Report on enteric fever
Disease focus: Fever
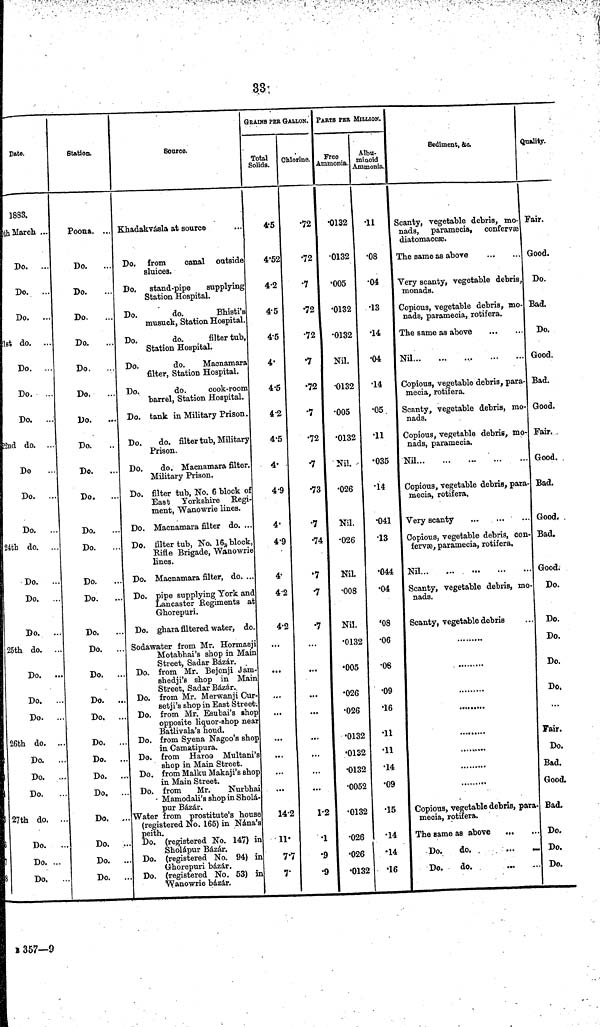
33
Date.
1883.
th March. ...
Do.
...
Do.
...
Do.
...
21st do.
...
Do.
...
Do.
...
Do.
...
22nd do. ...
Do
Do.
...
Do.
...
24th do.
...
Do.
..
Do.
..
Do.
..
25th do.
..
Do.
..
Do.
..
Do.
..
26th do. ..
Do.
..
Do. ...
Do.
27th do. ..
Do.
..
Do. ...
Do.
..
Station.
Poona. ...
Do.
Do.
Do.
Do.
Do.
Do.
Do.
Do.
Do.
Do.
Do.
Do.
Do.
Do.
Do.
Do.
..
Do. ..
Do. ..
Do. ..
Do. ..
Do. ..
Do. ..
Do, ..
Do. ...
Do. ..
Do. ..
Do. ..
Source.
Khadakvásla at source
Do. from
canal outside
sluices.
Do. stand-pipe
supplying
Station Hospital.
Do.
do.
Bhisti's
musuck, Station Hospital.
Do.
do. filter tub,
Station Hospital.
Do.
do.
Macnamara
filter, Station Hospital.
Do.
do.
cook-room
barrel, Station Hospital.
Do. tank in Military Prison.
Do.
do. filter tub, Military
Prison.
Do.
do. Macnamara filter.
Military Prison.
Do. filter tub, No. 6 block of
East Yorkshire Regi-
ment, Wanowrie lines.
Do. Macnamara filter do. ...
Do. filter tub, No. 16, block,
Riñe Brigade, Wanowrie
linea.
Do. Macnamara filter, do. ..
Do. pipe supplying York and
Lancaster Regiments a1
Ghorepuri.
Do. ghara filtered water, do
Sodawater from Mr. Hormasji
Motabhai's shop in Main
Street, Sadar Bázár.
Do. from Mr. Bejonji Jam-
shedji's shop in Main
Street, Sadar Bázár.,
Do. from Mr. Merwanji Cur
setji's shop in East Street-
Do. from Mr, Esubai's shop
opposite liquor-shop near
Batlivala's houd.
Do. from Syena Nagoo's shop
in Camatipura.
Do. from Haroo Multani's
shop in Main Street.
Do. from Malku Makaji's shop
in Main Street.
Do. from
Mr.
Nurbhai
- Mamodali's shop in Sholá-
pur Bázár.
Water from prostitute's house
(registered No. 165) in Nána's
Do. (registered No. 147) in
Sholápur Bázár.
Do. (registered No. 94) in
Ghorepuri bázár.
Do. (registered No. 53) in
Wanowrie bázár.
GRAINS PER GALLON.
Total
Solids.
4.5
4.52
4.2
4.5
4.5
4.
4.5
4.2
4.5
4.
4.9
4.
4.9
4.
4.2
4.2
...
...
...
...
...
...
...
14.2
11.
7.7
7.
Chlorine.
•72
•72
•7
•72
•72
•7
•72
•7
•72
•7
•73
•7
•74
•7
•7
•7
...
...
...
...
...
...
...
...
1.2
1
•9
•9
PARTS PER
Free
Ammonia.
•0132
•0132
•005
•0132
•0132
Nil.
•0132
•005
•0132
Nil.
•026
Nil.
•026
Nil.
•008
Nil.
.0132
•005
•026
.026
•0132
•0132
•0132
.0052
•0132
•026
•026
•0132
MILLION.
Albu-
minoid
Ammonia.
11
•08
•04
•13
•14
•04
•14
•05.
•11
•035
•14
•041
•13
•044
•04
'08
•06
•06
•09
•16
•11
.11
•14
.09
•15
•14
•14
•16
Sediment, &c.
Scanty, vegetable debris, mo-
nads, paramecia, confervæ
diatomaceæ.
The same as above
Very scanty, vegetable debris
monads.
Copious, vegetable debris, mo
nads, paramecia, rotifera.
The same as above
Nil
Copious, vegetable debris, para
mecia, rotifera.
Scanty, vegetable debris, mo
nads.
Copious, vegetable debris, mo
nads, paramecia.
Nil
Copious, vegetable debris, para
mecia, rotifera.
Very scanty
Copious, vegetable debris, con
fervæ, paramecia, rotifera.
Nil
Scanty, vegetable debris, mo
nads.
Scanty, vegetable debris
Copious, vegetable debris, para
mecia, rotifera.
The same as above
...
Do.
do.
...
—
Do.
do.
Quality.
Fair.
Good.
Do.
Bad.
Do.
Good.
Bad.
Good.
Fair.
Good.
Bad.
Good.
Bad.
Good.
Do.
Do.
Do.
Do.
Do.
Fair.
Do.
Baa.
Good.
Bad.
Do.
Do.
Do.
B 357—9